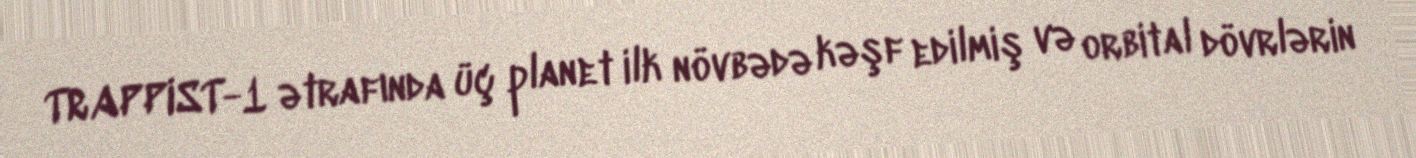
TRAPPIST-1 ətrafında üç planet ilk növbədə kəşf edilmiş və orbital dövrlərin